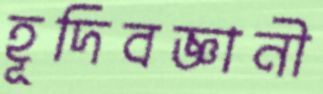
হূদিবজ্ঞানী